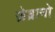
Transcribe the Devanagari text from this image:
ज़ेब्रानो